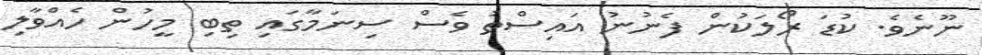
ނޫނެވެ. ކުޑަ ރޯލަކުން ފެނުނު އައިސްތު ވެސް ސިނަމާގައި ތިބި މީހުން ހެއްވާލި